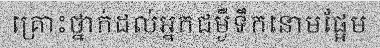
គ្រោះថ្នាក់ដល់អ្នកជម្ងឺទឹកនោមផ្អែម